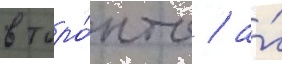
в торо́нто / а́